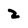
Character: 2